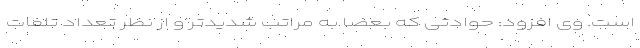
است. وی افزود: حوادثی که بعضاً به مراتب شدیدتر و از نظر تعداد تلفات